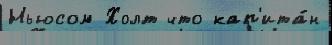
Ньюсом Холт что кап'ита́н